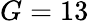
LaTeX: G=13